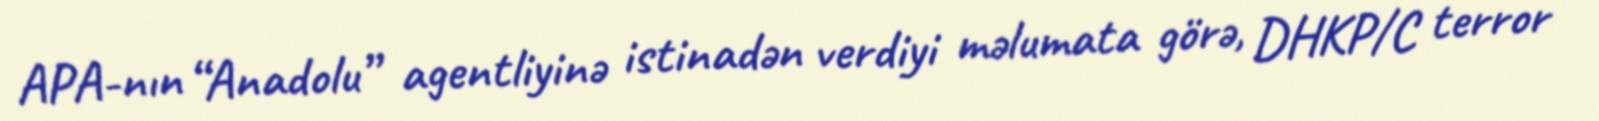
APA-nın “Anadolu” agentliyinə istinadən verdiyi məlumata görə, DHKP/C terror